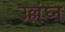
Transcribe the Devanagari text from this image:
उल्लंघ्न